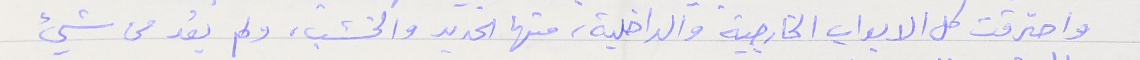
واحترقت كل الابواب الخارجية والداخلية، منها الحديد والخشب، ولم يعُد من شيء